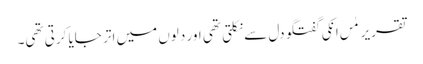
تقریر مٰں انکی گفتگو دل سے نکلتی تھی اور دلوں میں اتر جایا کرتی تھی۔